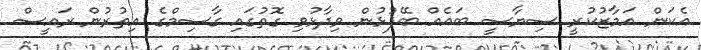
އެކަން އަމާޒުކުރީ ސިޔާސީ ބައެއް ބޭފުޅުން ވިދާޅުވި ގޮތުގައި ގާސިމްގެ އިތުރުން ރައީސް